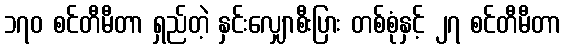
၁၇၀ စင်တီမီတာ ရှည်တဲ့ နှင်းလျှောစီးပြား တစ်စုံနှင့် ၂၇ စင်တီမီတာ